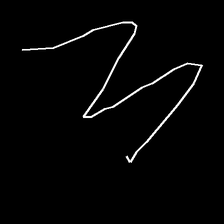
Glyph: crush